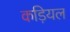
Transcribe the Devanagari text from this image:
कड़ियल